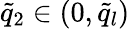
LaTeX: \tilde{q}_{2}\in(0,\tilde{q}_{l})